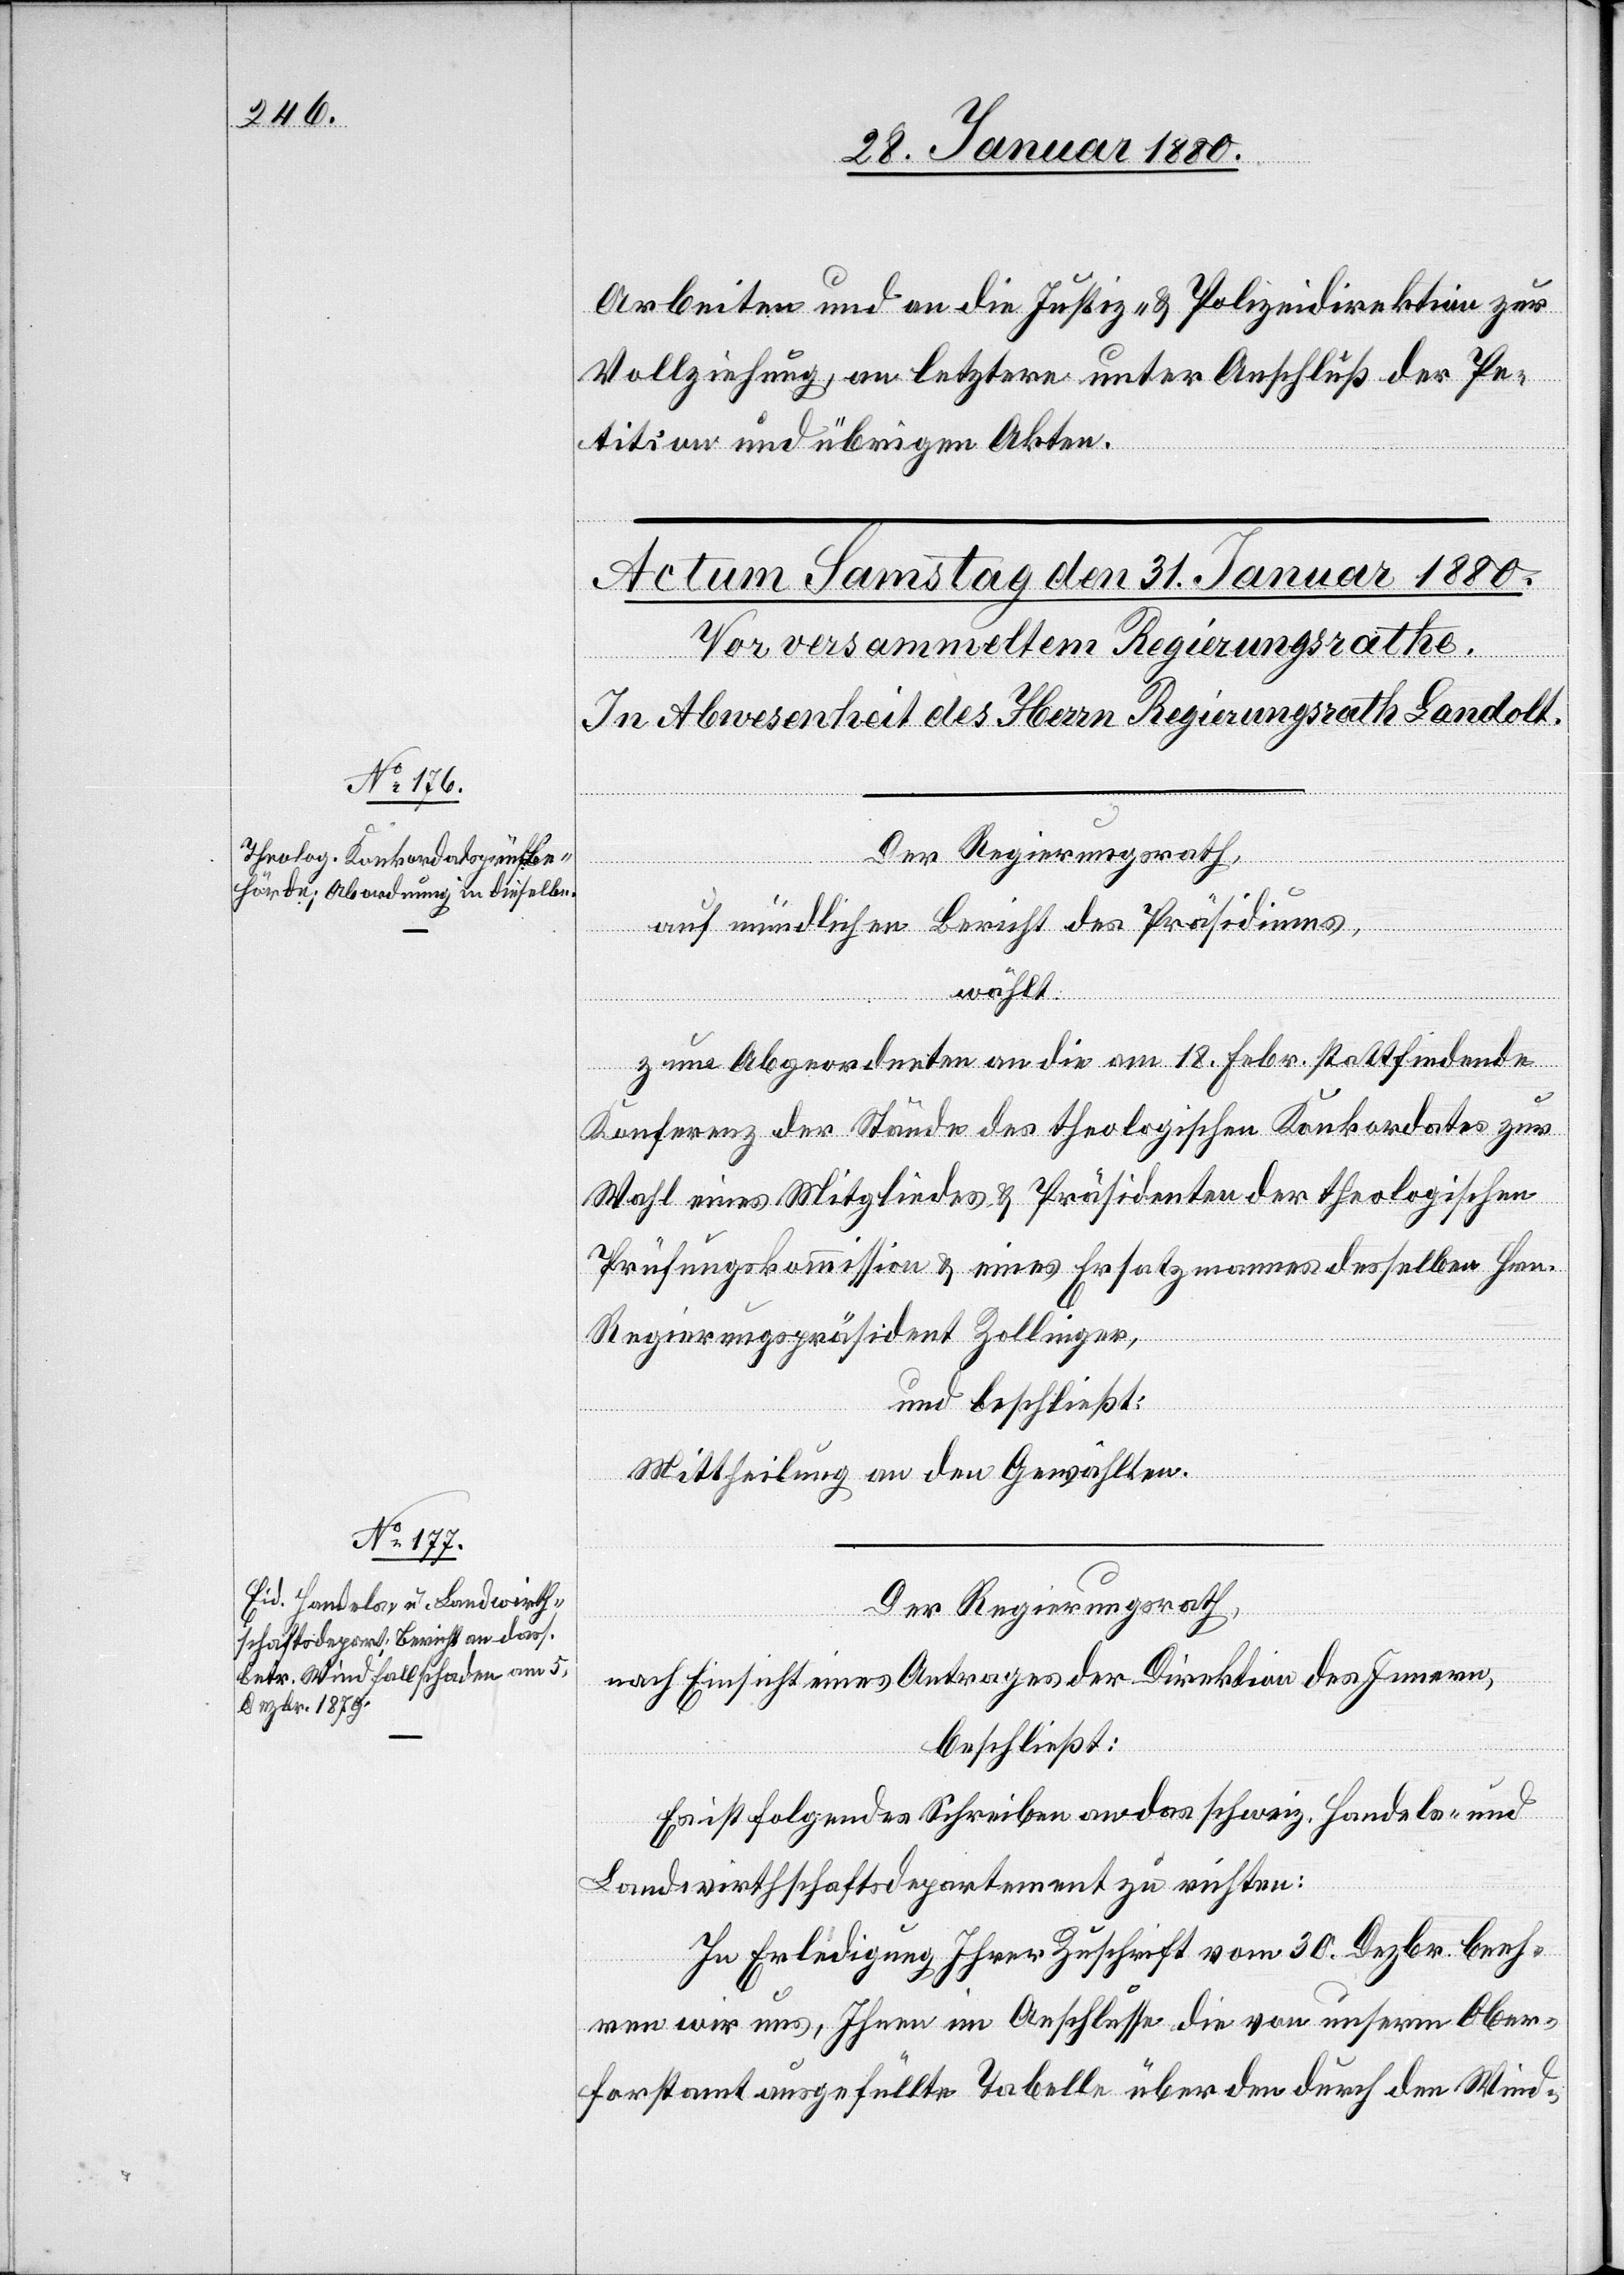
Arbeiten und an die Justiz- & Polizeidirektion zur
Vollziehung, an letztere unter Anschluß der Pe¬
tition und übrigen Akten.
Der Regierungsrath,
auf mündlichen Bericht des Präsidiums,
wählt:
zum Abgeordneten an die am 18. Febr. stattfindende
Konferenz der Stände des theologischen Konkordats zur
Wahl eines Mitgliedes & Präsidenten der theologischen
Prüfungskommission & eines Ersatzmannes desselben Hrn.
Regierungspräsident Zollinger,
und beschließt:
Mittheilung an den Gewählten.
Der Regierungsrath,
nach Einsicht eines Antrages der Direktion des Innern,
beschließt:
Es ist folgendes Schreiben an das schweiz. Handels- und
Landwirthschaftsdepartement zu richten:
In Erledigung ihrer Zuschrift vom 30. Dezbr. beeh¬
ren wir uns, Ihnen im Anschlusse die von unserm Ober¬
forstamt ausgefüllte Tabelle über den durch den Wind-